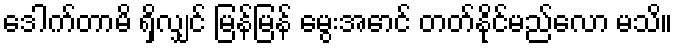
ဒေါက်တာမိ ရှိလျှင် မြန်မြန် မွေးအောင် တတ်နိုင်မည်လော မသိ။